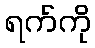
ရက်ကို